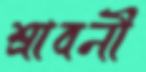
শ্রাবনী